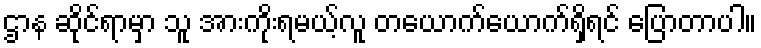
ဌာန ဆိုင်ရာမှာ သူ အားကိုးရမယ့်လူ တယောက်ယောက်ရှိရင် ပြောတာပါ။